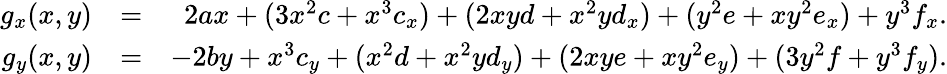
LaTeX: \begin{array}{rlr}{g_{x}(x,y)}&{=}&{2ax+(3x^{2}c+x^{3}c_{x})+(2xyd+x^{2}yd_{x})+(y^{2}e+xy^{2}e_{x})+y^{3}f_{x}.}\\ {g_{y}(x,y)}&{=}&{-2by+x^{3}c_{y}+(x^{2}d+x^{2}yd_{y})+(2xye+xy^{2}e_{y})+(3y^{2}f+y^{3}f_{y}).}\end{array}